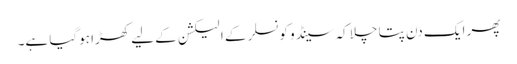
پھر ایک دن پتا چلا کہ سینڈو کونسلر کے الیکشن کے لیے کھڑا ہوگیا ہے۔